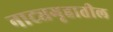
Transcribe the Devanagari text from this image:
नाट्यगृहातील